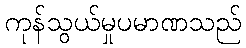
ကုန်သွယ်မှုပမာဏသည်